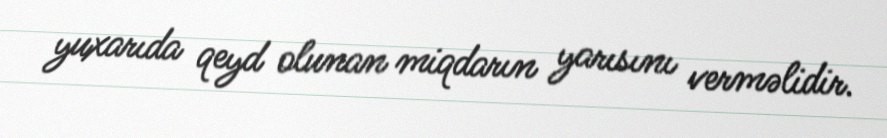
yuxarıda qeyd olunan miqdarın yarısını verməlidir.